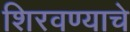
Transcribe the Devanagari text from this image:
शिरवण्याचे